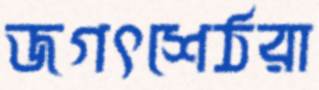
জগৎশেঠরা